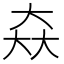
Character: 𡘙